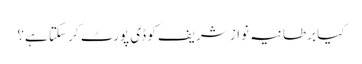
کیا برطانیہ نواز شریف کو ڈی پورٹ کر سکتا ہے؟